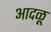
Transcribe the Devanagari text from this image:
आदळू